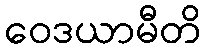
ဝေဒယာမီတိ